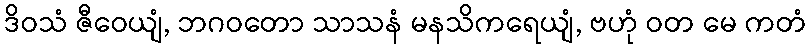
ဒိဝသံ ဇီဝေယျံ, ဘဂဝတော သာသနံ မနသိကရေယျံ, ဗဟုံ ဝတ မေ ကတံ